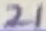
Text: 21